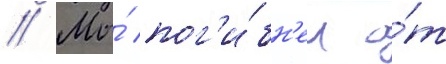
// Мы́ пог'и́бн'ем о́т